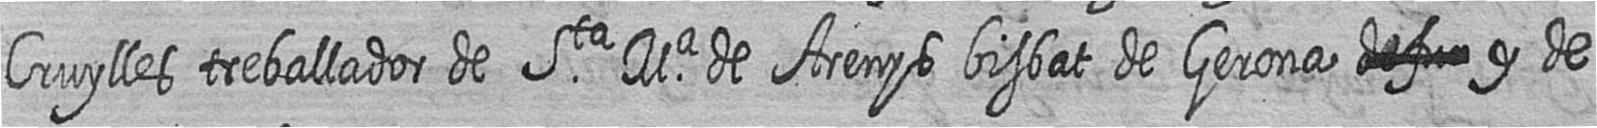
Cruylles treballador de Sta Ma de Arenys bisbat de Gerona # y de